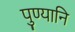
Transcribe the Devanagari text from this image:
पुण्यानि